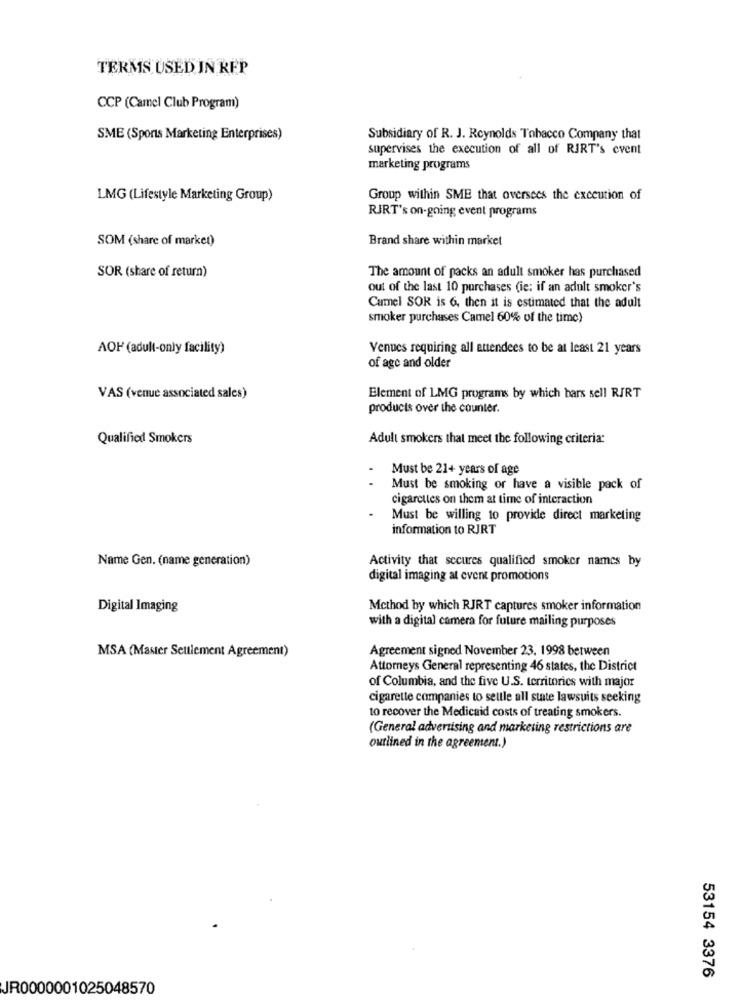
TERMS USED IN KFP
CCP (Camel Club Program)
SME (Sports Marketing Enterprises)
Subsidiary of R. J. Reynolds Tobacco Company that
supervises the execution of all of RIRT's event
marketing programs
LMG (Lifestyle Marketing Group)
Group within SME that oversees the execution of
RIRT's on-going event programs
SOM (share of market)
Brand share within market
The amount of packs an adult smoker has purchased
SOR (share of return)
out of the last 10 purchases (ie: if an adult smoker's
Cumel SOR is 6, then it is estimated that the adult
smoker purchases Camel 60% of the time)
AOF (adult-only facility)
Venues requiring all attendees to be at least 21 years
of age and older
VAS (venue associated sales)
Element of LMG programs by which bars sell RIRT
products over the counter.
Qualified Smokers
Adult smokers that meet the following criteria:
Must be 21+ years of age
Must be smoking or have a visible pack of
cigarettes on them at time of interaction
Must be willing to provide direct marketing
information to RJRT
Name Gen. (name generation)
Activity that secures qualified smoker names by
digital imaging at event promotions
Digital Imaging
Method by which RJRT captures smoker information
with a digital camera for future mailing purposes
MSA (Master Settlement Agreement)
Agreement signed November 23. 1998 between
Attorneys General representing 46 states, the District
of Columbia, and the five U.S. territories with major
cigarette companies to settle all state lawsuits seeking
to recover the Medicaid costs of treating smokers.
(General advertising and marketing restrictions are
outlined in the agreement.)
53154 3376
JR0000001025048570